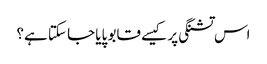
اس تشنگی پر کیسے قابو پایا جا سکتا ہے؟